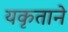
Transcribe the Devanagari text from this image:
यकृताने